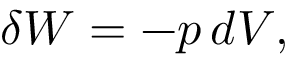
\delta W = - p \, d V ,